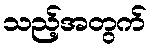
သည့်အတွက်